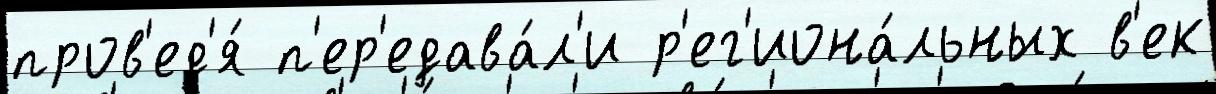
пров'ед'я́ п'ер'едава́л'и р'ег'иона́льных в'ек